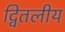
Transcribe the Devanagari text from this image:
द्वितलीय